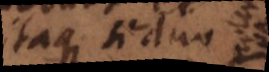
Itaque si duo